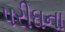
પરીઘના